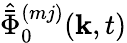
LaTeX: \hat{\bar{\Phi}}_{0}^{(mj)}(\mathbf{k},t)